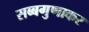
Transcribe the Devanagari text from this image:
सब्बगुणाकर